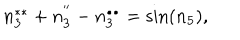
LaTeX: n _ { 3 } ^ { \ast \ast } + n _ { 3 } ^ { ^ { \prime \prime } } - n _ { 3 } ^ { \bullet \bullet } = \sin ( n _ { 5 } ) ,